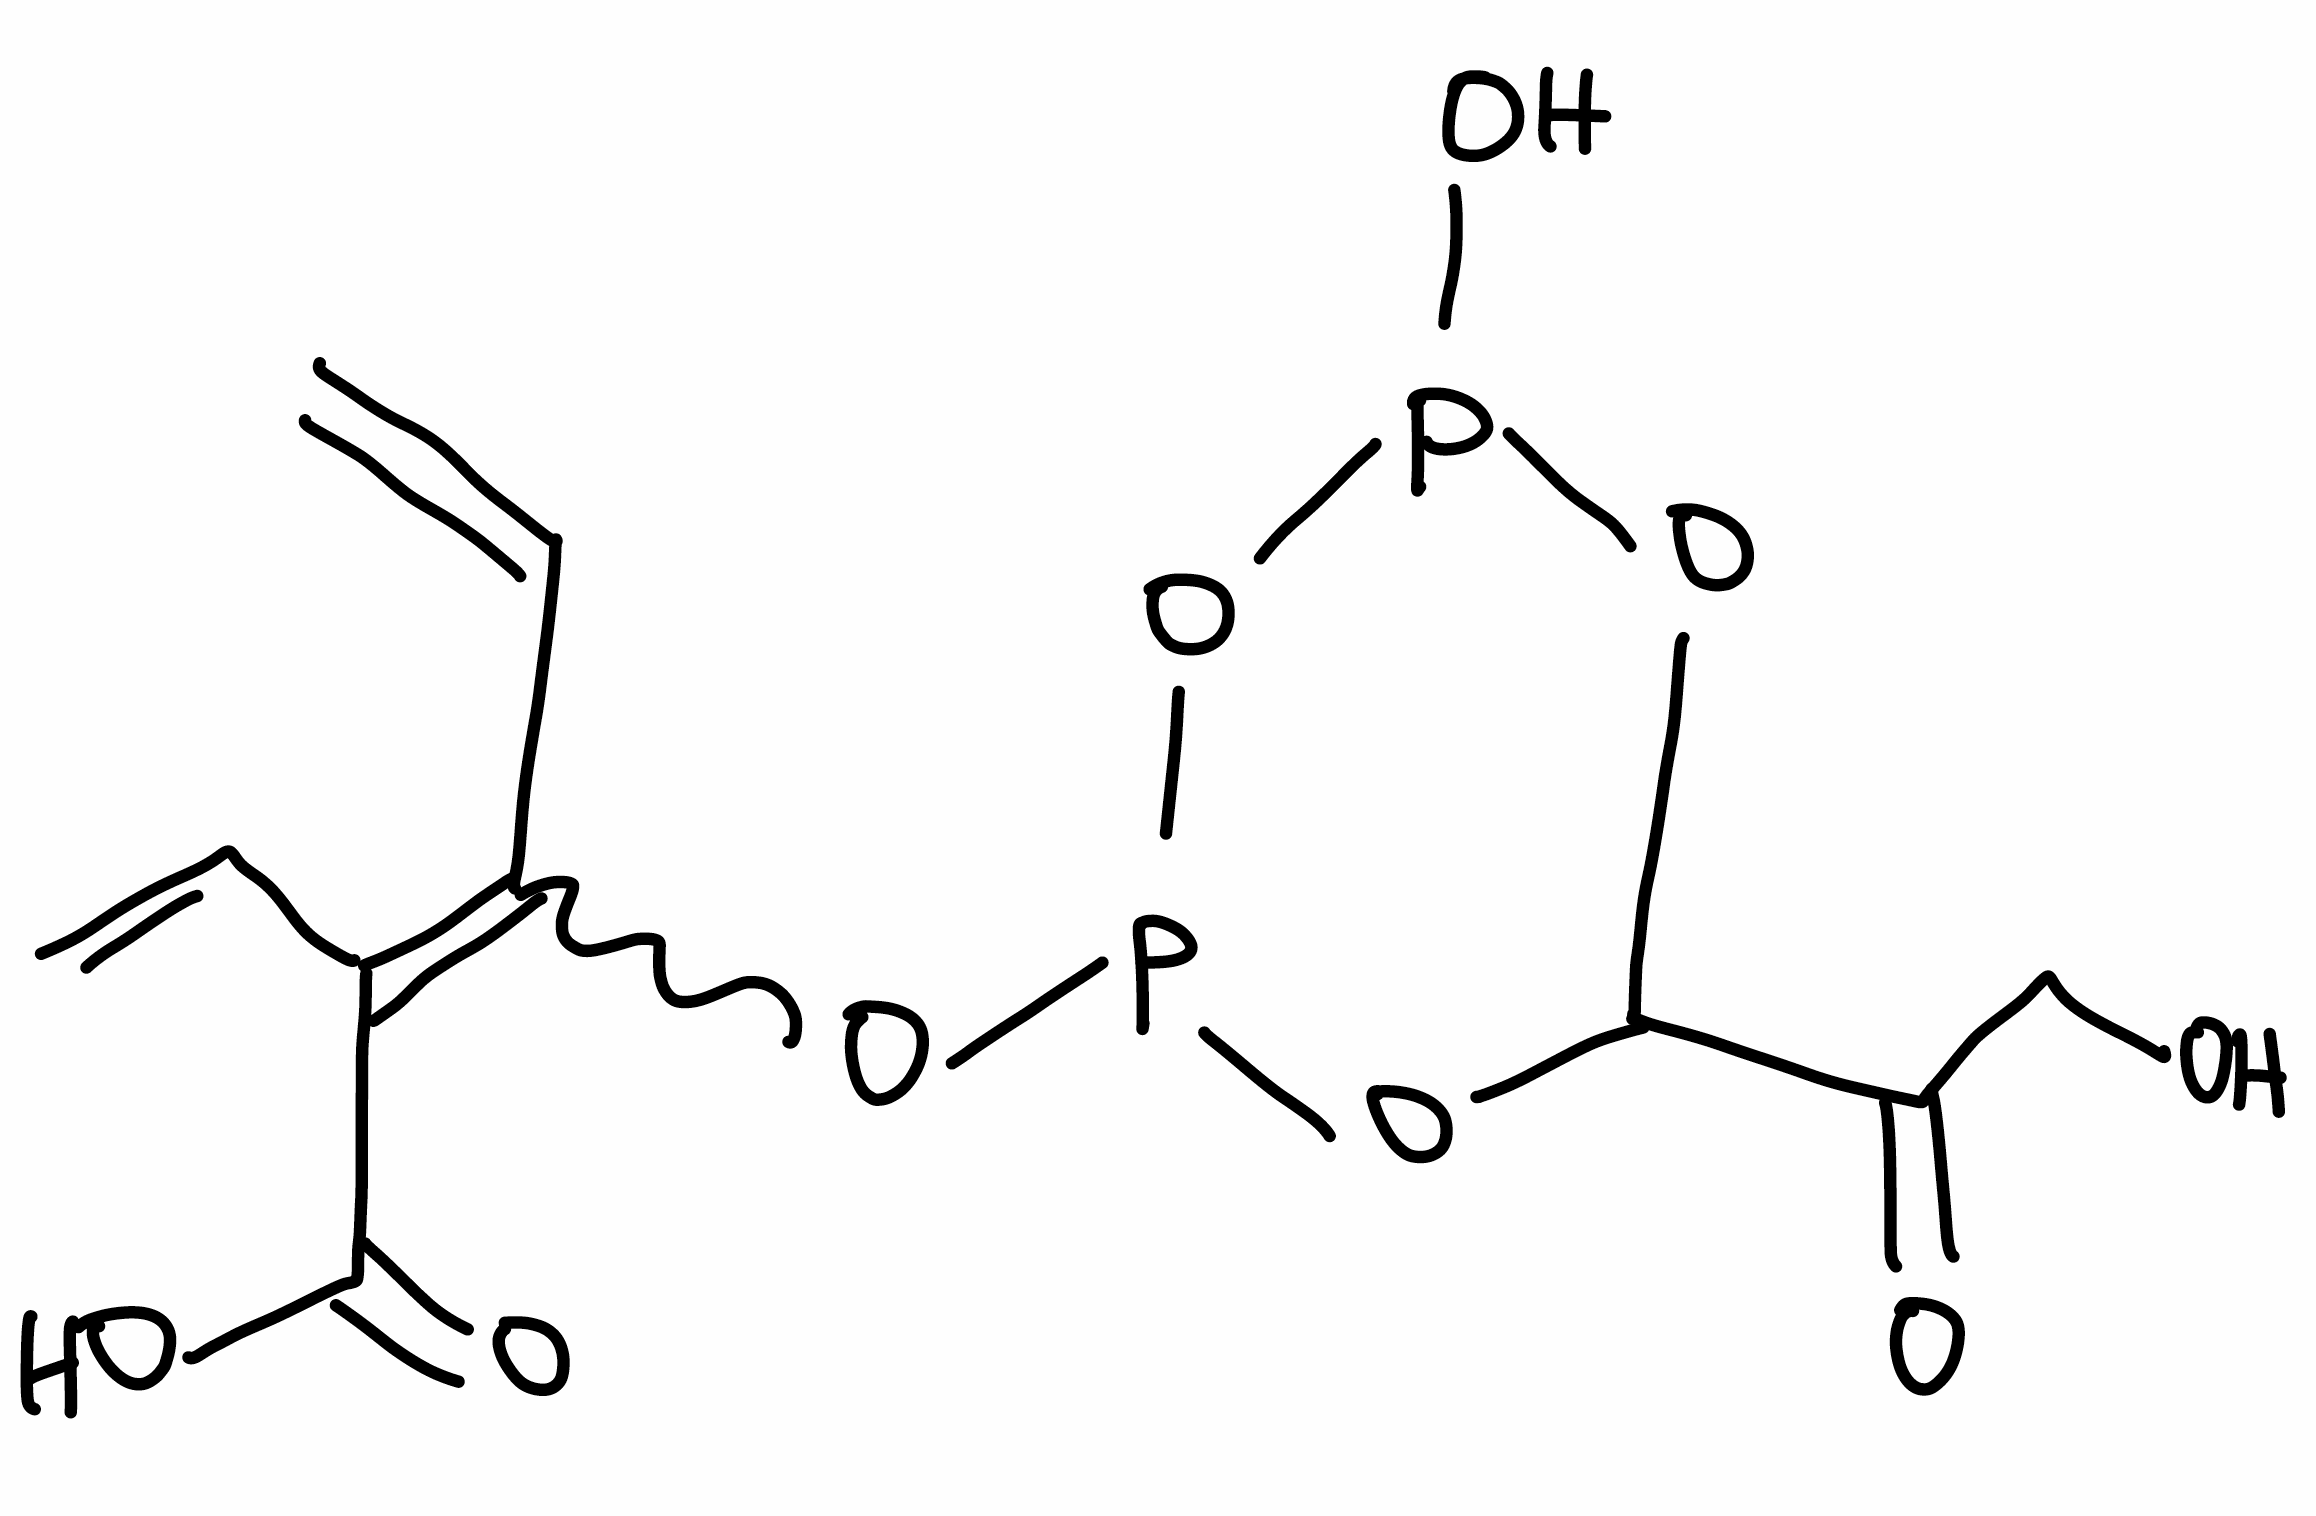
Simplified molecular-input line-entry system (SMILES) notation of the given molecule:
C=CC(=C(C=C)OP1OC(OP(O1)O)C(=O)CO)C(=O)O